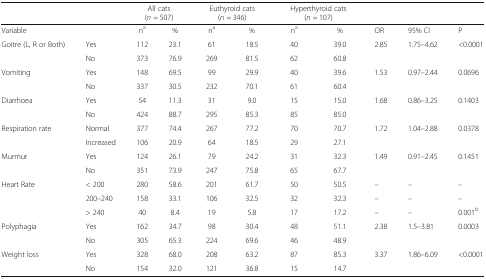
<table><thead><tr><td></td><td></td><td colspan="2"><b>All cats(<i>n</i> = 507)</b></td><td colspan="2"><b>Euthyroid cats(<i>n</i> = 346)</b></td><td colspan="2"><b>Hyperthyroid cats(<i>n</i> = 107)</b></td><td></td><td></td><td></td></tr></thead><tbody><tr><td>Variable</td><td></td><td>n<sup>a</sup></td><td>%</td><td>n<sup>a</sup></td><td>%</td><td>n<sup>a</sup></td><td>%</td><td>OR</td><td>95% CI</td><td>P</td></tr><tr><td rowspan="2">Goitre (L, R or Both)</td><td>Yes</td><td>112</td><td>23.1</td><td>61</td><td>18.5</td><td>40</td><td>39.0</td><td>2.85</td><td>1.75–4.62</td><td>&lt;0.0001</td></tr><tr><td>No</td><td>373</td><td>76.9</td><td>269</td><td>81.5</td><td>62</td><td>60.8</td><td></td><td></td><td></td></tr><tr><td rowspan="2">Vomiting</td><td>Yes</td><td>148</td><td>69.5</td><td>99</td><td>29.9</td><td>40</td><td>39.6</td><td>1.53</td><td>0.97–2.44</td><td>0.0696</td></tr><tr><td>No</td><td>337</td><td>30.5</td><td>232</td><td>70.1</td><td>61</td><td>60.4</td><td></td><td></td><td></td></tr><tr><td rowspan="2">Diarrhoea</td><td>Yes</td><td>54</td><td>11.3</td><td>31</td><td>9.0</td><td>15</td><td>15.0</td><td>1.68</td><td>0.86–3.25</td><td>0.1403</td></tr><tr><td>No</td><td>424</td><td>88.7</td><td>295</td><td>85.3</td><td>85</td><td>85.0</td><td></td><td></td><td></td></tr><tr><td rowspan="2">Respiration rate</td><td>Normal</td><td>377</td><td>74.4</td><td>267</td><td>77.2</td><td>70</td><td>70.7</td><td>1.72</td><td>1.04–2.88</td><td>0.0378</td></tr><tr><td>Increased</td><td>106</td><td>20.9</td><td>64</td><td>18.5</td><td>29</td><td>27.1</td><td></td><td></td><td></td></tr><tr><td rowspan="2">Murmur</td><td>Yes</td><td>124</td><td>26.1</td><td>79</td><td>24.2</td><td>31</td><td>32.3</td><td>1.49</td><td>0.91–2.45</td><td>0.1451</td></tr><tr><td>No</td><td>351</td><td>73.9</td><td>247</td><td>75.8</td><td>65</td><td>67.7</td><td></td><td></td><td></td></tr><tr><td rowspan="3">Heart Rate</td><td>&lt; 200</td><td>280</td><td>58.6</td><td>201</td><td>61.7</td><td>50</td><td>50.5</td><td>–</td><td>–</td><td>–</td></tr><tr><td>200–240</td><td>158</td><td>33.1</td><td>106</td><td>32.5</td><td>32</td><td>32.3</td><td>–</td><td>–</td><td>–</td></tr><tr><td>&gt; 240</td><td>40</td><td>8.4</td><td>19</td><td>5.8</td><td>17</td><td>17.2</td><td>–</td><td>–</td><td>0.001<sup>b</sup></td></tr><tr><td rowspan="2">Polyphagia</td><td>Yes</td><td>162</td><td>34.7</td><td>98</td><td>30.4</td><td>48</td><td>51.1</td><td>2.38</td><td>1.5–3.81</td><td>0.0003</td></tr><tr><td>No</td><td>305</td><td>65.3</td><td>224</td><td>69.6</td><td>46</td><td>48.9</td><td></td><td></td><td></td></tr><tr><td rowspan="2">Weight loss</td><td>Yes</td><td>328</td><td>68.0</td><td>208</td><td>63.2</td><td>87</td><td>85.3</td><td>3.37</td><td>1.86–6.09</td><td>&lt;0.0001</td></tr><tr><td>No</td><td>154</td><td>32.0</td><td>121</td><td>36.8</td><td>15</td><td>14.7</td><td></td><td></td><td></td></tr></tbody></table>